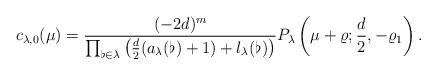
LaTeX: \begin{align*}c_{\lambda,0}(\mu)=\frac{(-2d)^m}{\prod_{\flat\in\lambda}\left(\frac{d}{2}(a_\lambda(\flat)+1)+l_\lambda(\flat)\right)}P_\lambda\left(\mu+\varrho;\frac{d}{2},-\varrho_1\right).\end{align*}